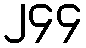
၂၄၄